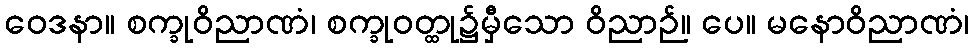
ဝေဒနာ။ စက္ခုဝိညာဏံ၊ စက္ခုဝတ္ထု၌မှီသော ဝိညာဉ်။ ပေ။ မနောဝိညာဏံ၊